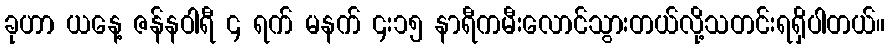
ခုဟာ ယနေ့ ဇန်နဝါရီ ၄ ရက် မနက် ၄း၁၅ နာရီကမီးလောင်သွားတယ်လို့သတင်းရရှိပါတယ်။